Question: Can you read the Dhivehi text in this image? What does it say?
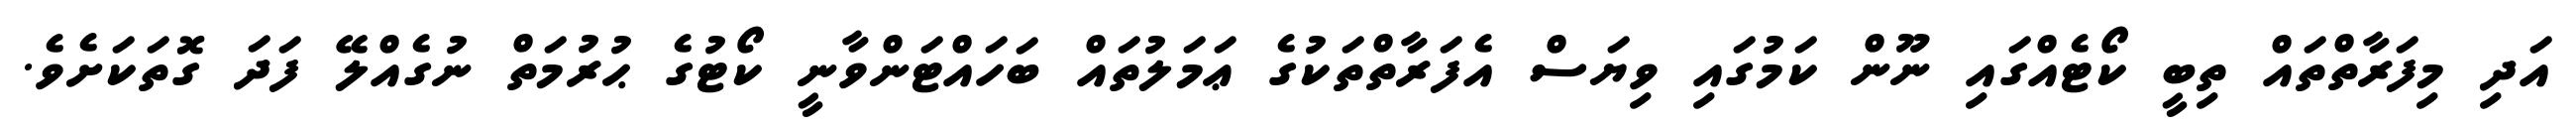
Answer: އަދި މިފަރާތްތައް ތިބީ ކޯޓެއްގައި ނޫން ކަމުގައި ވިޔަސް އެފަރާތްތަކުގެ ޢަމަލުތައް ބަހައްޓަންވާނީ ކޯޓުގެ ޙުރުމަތް ނުގެއްލޭ ފަދަ ގޮތަކަށެވެ.